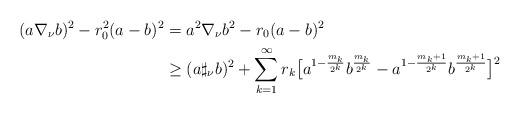
LaTeX: \begin{align*}( a \nabla_{\nu} b)^{2} - r_{0}^{2}(a-b)^{2} &=a^{2} \nabla_{\nu} b^{2}-r_{0} (a-b)^{2}\\& \geq ( a \sharp_{\nu} b)^{2} + \sum_{k=1}^{\infty}r_{k} \big[ a^{1-\frac{m_k}{2^k}}b^{\frac{m_k}{2^k}} - a^{1-\frac{m_k+1}{2^k}}b^{\frac{m_k+1}{2^k}} \big]^{2}\end{align*}